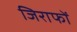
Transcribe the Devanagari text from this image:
जिराफों